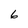
Character: 6